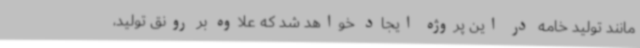
مانند تولید خامه در این پروژه ایجاد خواهد شد که علاوه بر رونق تولید،